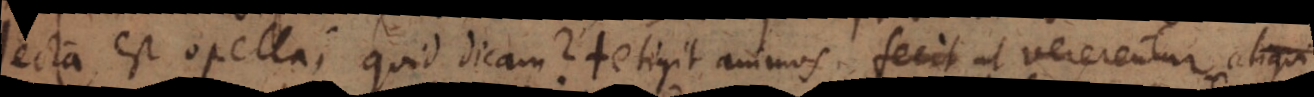
Lecta est opella, quid dicam? Tetigit animos, fecit ut vererentur aliqui